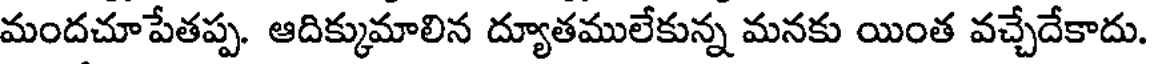
మందచూపేతప్ప. ఆదిక్కుమాలిన ద్యూతములేకున్న మనకు యింత వచ్చేదేకాదు.